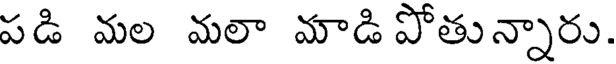
పడి మల మలా మాడి పోతున్నారు.